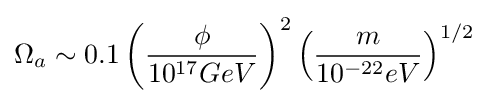
\Omega _{a}\sim 0.1\left({\frac {\phi }{10^{17}GeV}}\right)^{2}\left({\frac {m}{10^{-22}eV}}\right)^{1/2}